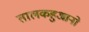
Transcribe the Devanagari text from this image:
तालकहुआनो